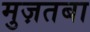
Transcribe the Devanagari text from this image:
मुज़तबा